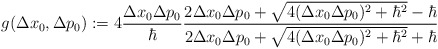
\begin{align*}g(\Delta x_{0}, \Delta p_{0}) := 4 \frac{\Delta x_{0} \Delta p_{0}}{\hbar}\frac{2 \Delta x_{0} \Delta p_{0} + \sqrt{4 (\Delta x_{0} \Delta p_{0})^2 +{\hbar}^2} -\hbar}{2 \Delta x_{0} \Delta p_{0} +\sqrt{4 (\Delta x_{0} \Delta p_{0})^2 +{\hbar}^2} +\hbar}\end{align*}